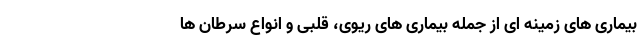
بیماری های زمینه ای از جمله بیماری های ریوی، قلبی و انواع سرطان ها